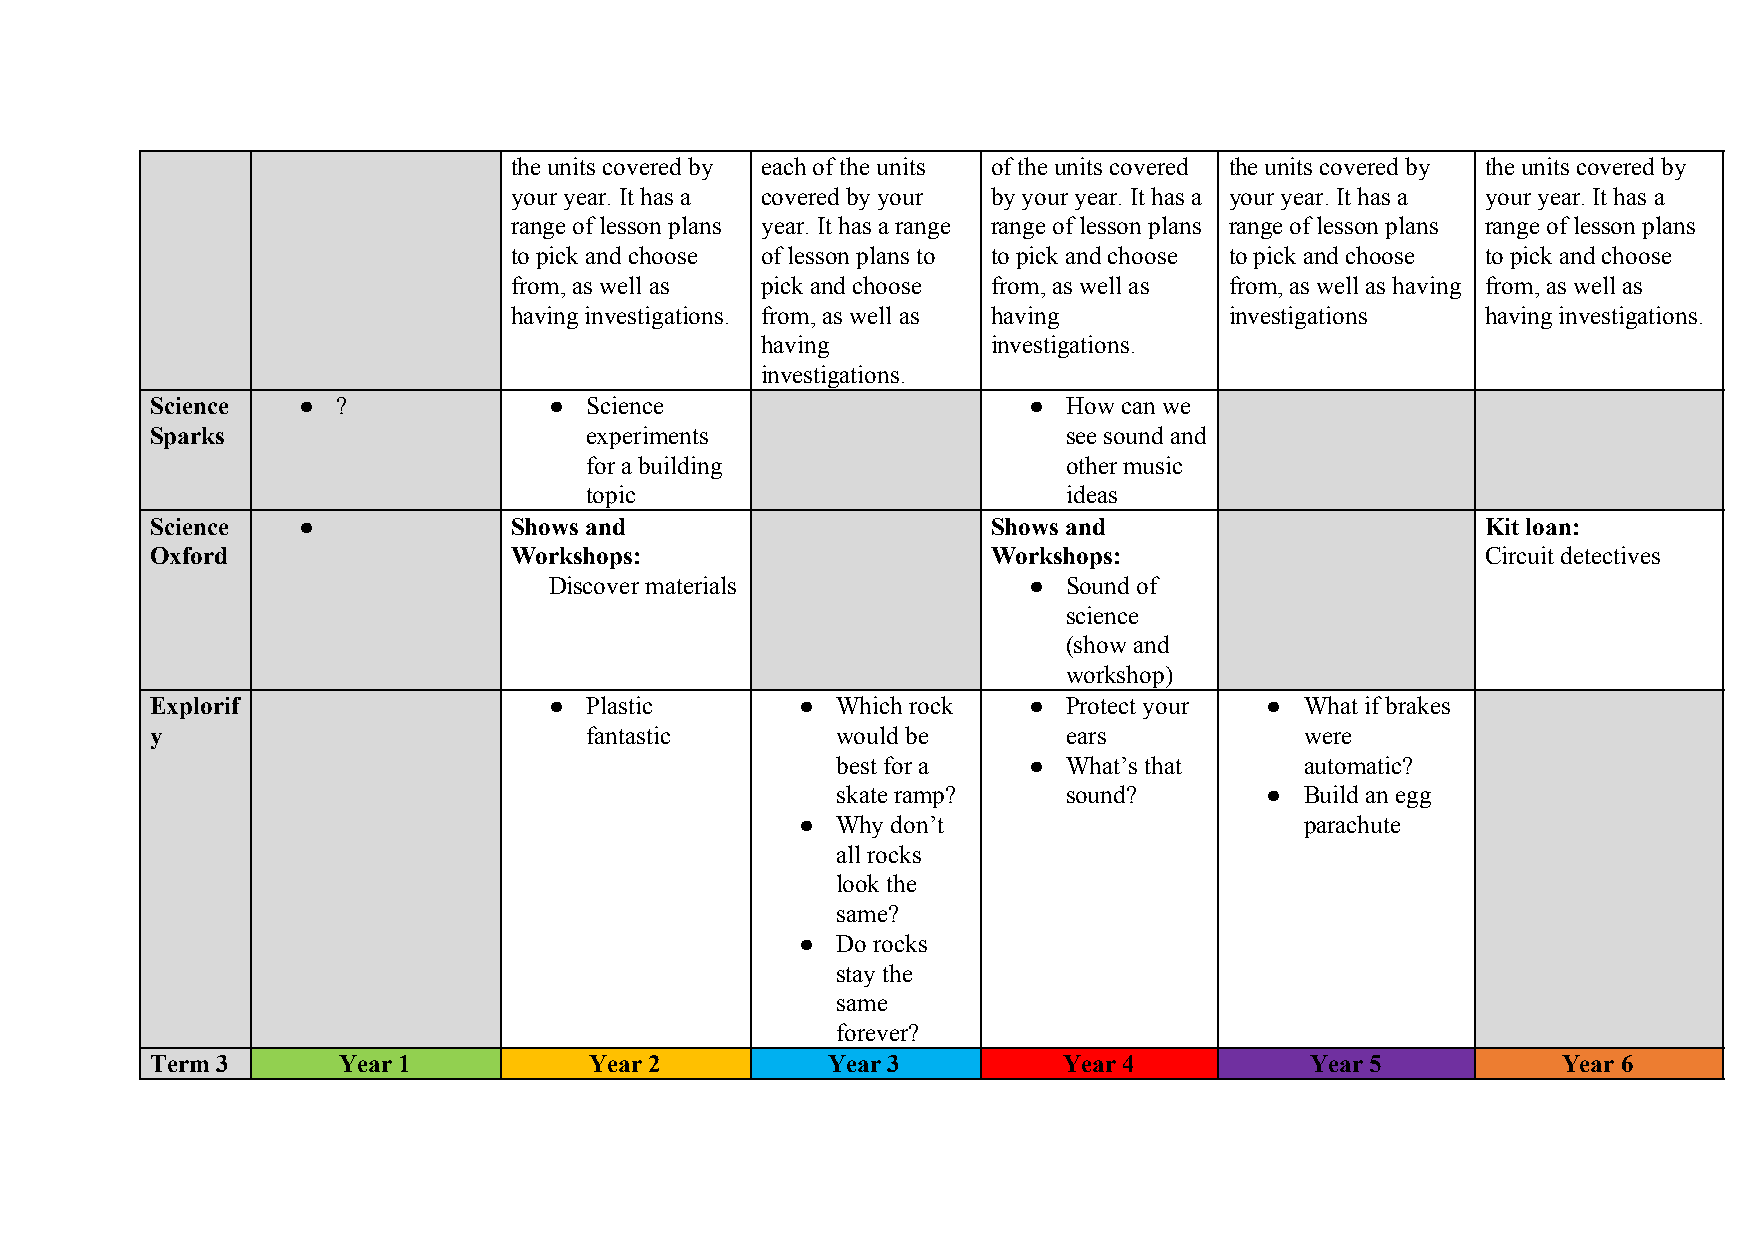
the units covered by each of the units of the units covered the units covered by the units covered by
 your year. It has a covered by your by your year. It has a your year. It has a your year. It has a
 range of lesson plans year. It has a range range of lesson plans range of lesson plans range of lesson plans
 to pick and choose of lesson plans to to pick and choose to pick and choose to pick and choose
 from, as well as pick and choose from, as well as from, as well as having from, as well as
 having investigations. from, as well as having investigations   having investigations.
 having          investigations.
 investigations.
 Science   ● ?             ●  Science                      ●  How can we
 Sparks                       experiments                     see sound and
 for a building                  other music
 topic                           ideas
 Science   ●             Shows and                       Shows and                       Kit loan:
 Oxford                  Workshops:                      Workshops:                      Circuit detectives
 Discover materials              ●  Sound of
 science
 (show and
 workshop)
 Explorif                  ●  Plastic       ● Which rock   ●  Protect your ● What if brakes
 y                            fantastic       would be        ears           were
 best for a   ●  What’s that    automatic?
 skate ramp?     sound?       ● Build an egg
 ● Why don’t                      parachute
 all rocks
 look the
 same?
 ● Do rocks
 stay the
 same
 forever?
 Term 3      Year 1           Year 2          Year 3         Year 4           Year 5          Year 6